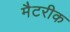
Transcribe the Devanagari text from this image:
मैटरीक